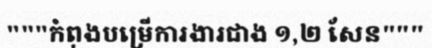
"""កំពុងបម្រើការងារជាង ១,២ សែន"""